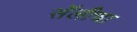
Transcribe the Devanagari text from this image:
सॅलीचा